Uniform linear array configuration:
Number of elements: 48
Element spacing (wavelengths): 1
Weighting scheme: kaiser
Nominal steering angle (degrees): -15
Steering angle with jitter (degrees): -14.052
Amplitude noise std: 0.05
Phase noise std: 0.05

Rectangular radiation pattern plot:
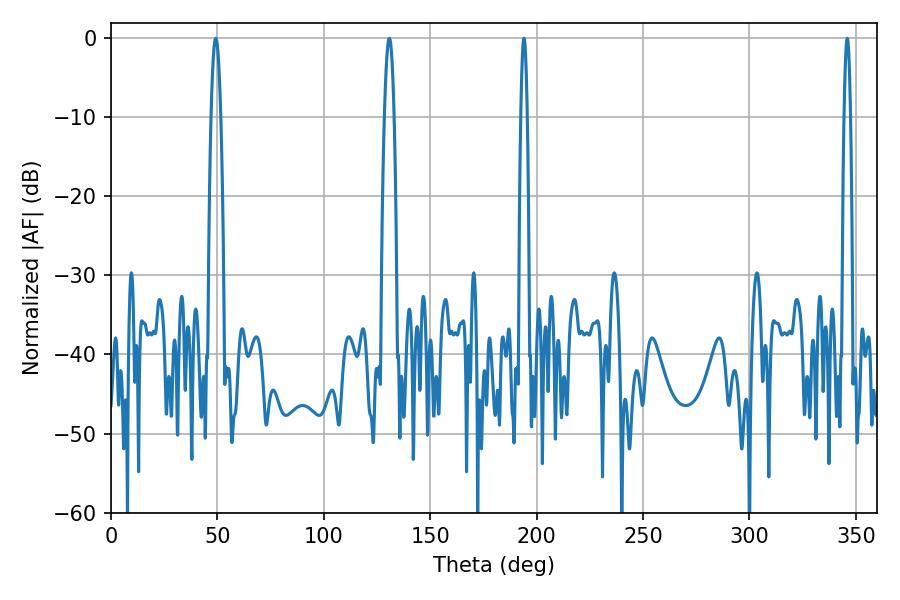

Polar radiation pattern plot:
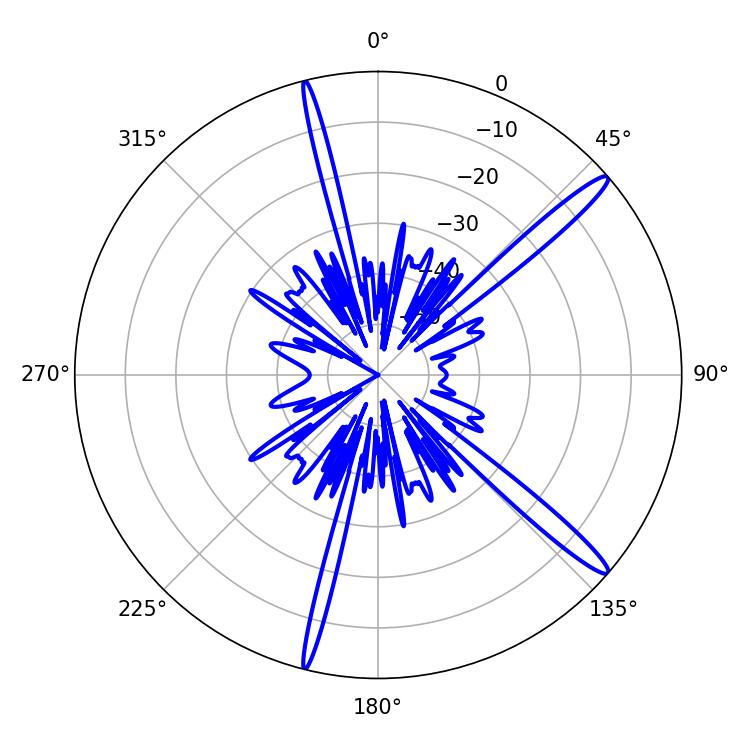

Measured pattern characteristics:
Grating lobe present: TRUE
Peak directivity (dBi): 15.474
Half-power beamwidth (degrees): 1.44
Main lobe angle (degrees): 194.04